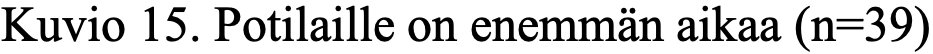
Kuvio 15. Potilaille on enemmän aikaa (n=39)